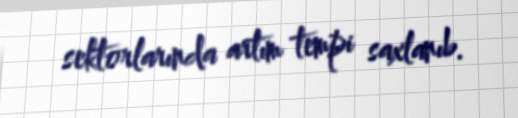
sektorlarında artım tempi saxlanıb.